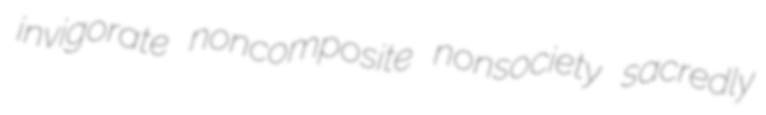
invigorate noncomposite nonsociety sacredly